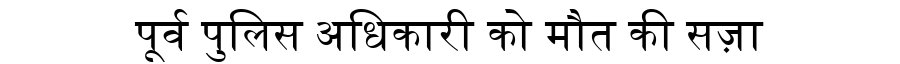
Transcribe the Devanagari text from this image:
पूर्व पुलिस अधिकारी को मौत की सज़ा